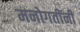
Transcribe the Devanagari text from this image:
मनोगतींनी